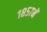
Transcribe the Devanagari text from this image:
१८५७में